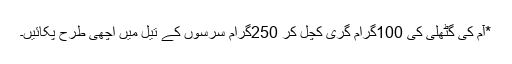
*آم کی گٹھلی کی 100گرام گری کچل کر 250گرام سرسوں کے تیل میں اچھی طرح پکائیں۔